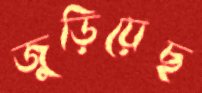
জুড়িয়েছ